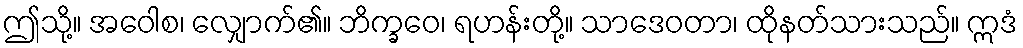
ဤသို့။ အဝေါစ၊ လျှောက်၏။ ဘိက္ခဝေ၊ ရဟန်းတို့။ သာဒေဝတာ၊ ထိုနတ်သားသည်။ ဣဒံ